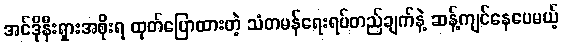
အင်ဒိုနီးရှားအစိုးရ ထုတ်ပြောထားတဲ့ သံတမန်ရေးရပ်တည်ချက်နဲ့ ဆန့်ကျင်နေပေမယ့်